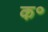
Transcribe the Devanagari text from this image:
क॰